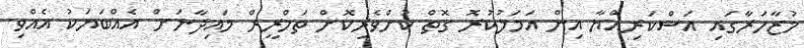
މުޒާހަރާގައި އަސްކަރިއްޔާ އިން އަމަލުކުރޮ ގޮތް ކުށްވެރިކޮށް ތަހްރީރް މައިދާނަށް އެއްބަޔަކު އެއްވި